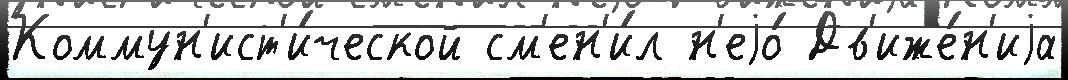
Коммун'ист'и́ческой см'ен'и́л н'еjо́ Дв'иже́н'иjа